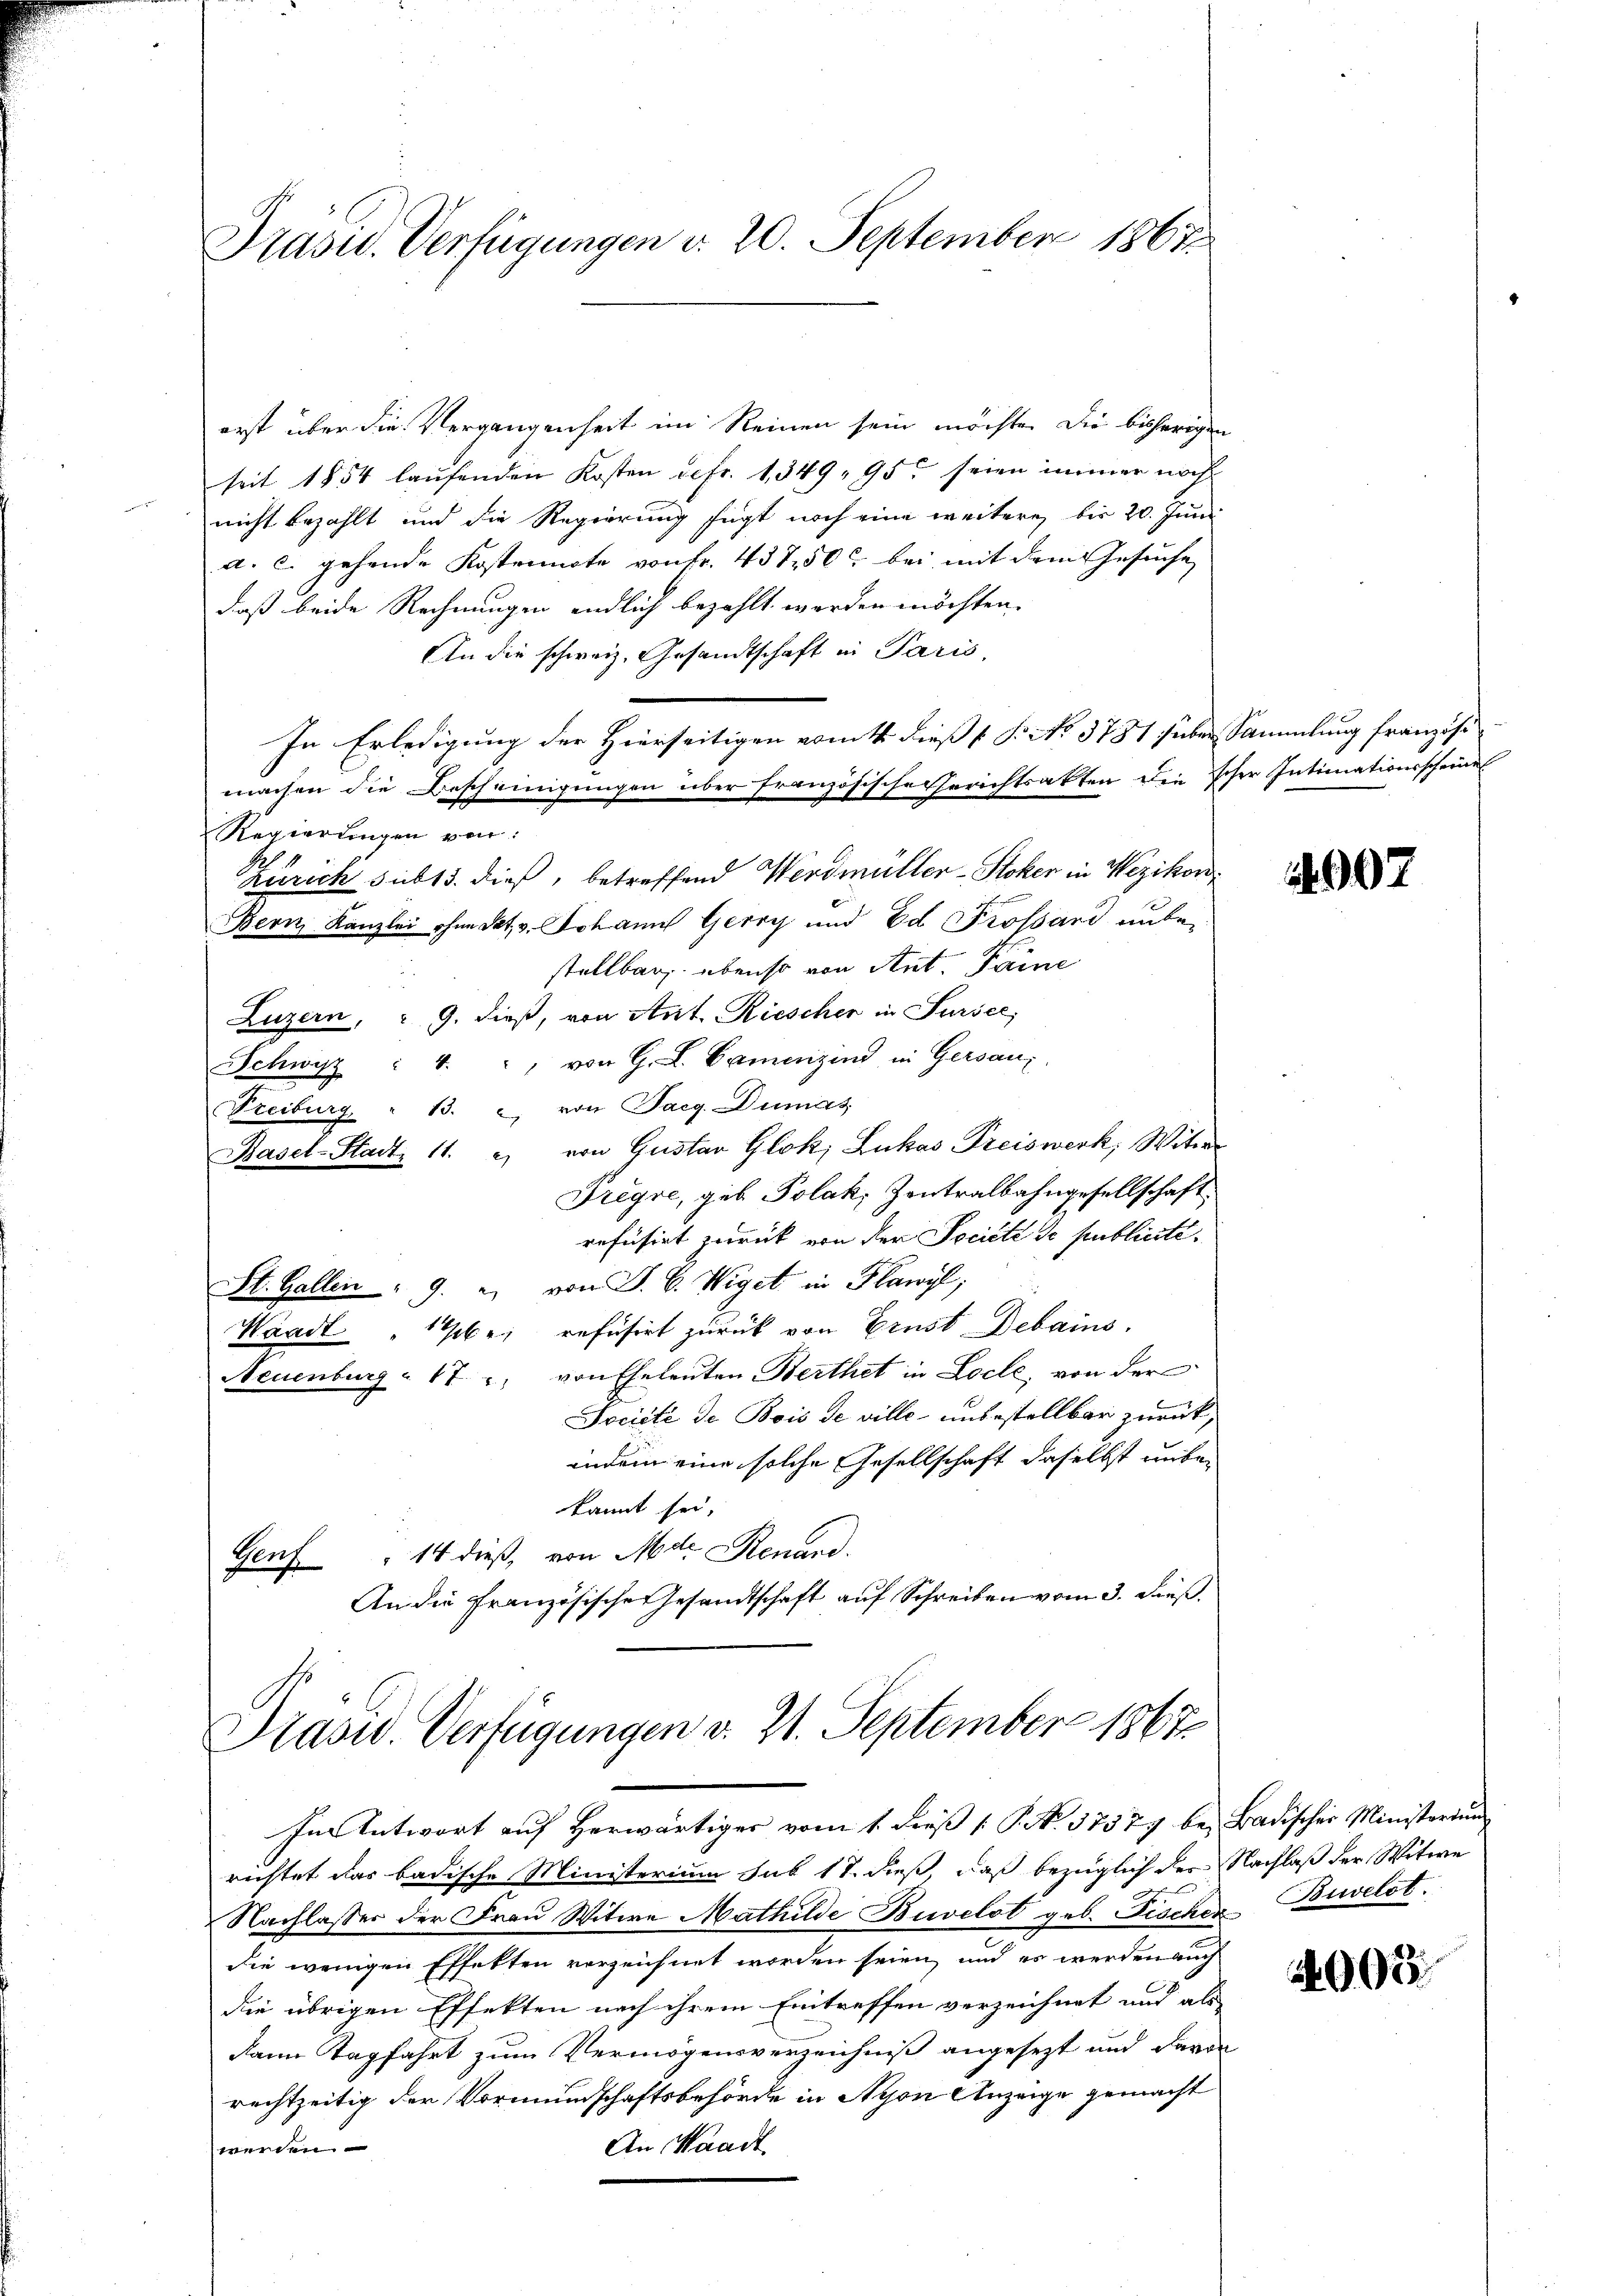
Prasid. Verfügungen d. 20. September 1867

erst über die Vergangenheit im Reinen sein möchte. Die bisherigen
seit 1854 laufenden Kosten gefr. 1, 349, 95 seien immer noch
nicht bezahlt und die Regierung fügt noch eine weitere bis 20. Juni
a. c. gehende Kostennote von Fr. 437,500 bei mit dem Gesuche
daß beide Rechnungen endlich bezahlt werden möchten.
An die schweiz. Gesandtschaft in Paris,
In Erledigung der Hierseitigen vom 1. dieß f. P. No 3781 siben Sammlung französi
machen die Bescheinigungen über französische Gerichtsakten die scher Intimationsscheine
Regierungen von:
h
Zürich sub 15. dieß, betreffend Werdmüller-Stoker in Wezikon
Bern, Kanzlei ohne dat. v. Johann Gerry und Ed Frossard unter
stellbar ebenso von Ant. Farne
Luzern, " 9. dieß, von Ant. Riescher in Sursee,
Schwisz : 4. " " von G. L. Camenzins in Gersanz
Treiburg " 13. 2, von Paeg. Dumas
Basel-Stadt 11. 2) von Gustav Glok; Lukas Preiswerk, Witter
Tregre, geb Polak, Zentralbahngesellschaft
refüsirt zurück von der Société de publiciti¬
St. Gallen 9. u von J. C. Wiget in Flawyl,
Waadt, 146. refusirt zurück von Ernst Debains.
Neuenburg 17. u. von Eheleuten Berthet in Loche, von der
Société de Bois de ville unbestellbar zurück,
indem eine solche Gesellschaft daselbst unber
kannt sei,
Genf " 14 dieß, von Metr. Renand.
An die Französischeresandtschaft auf Schreiben vom 3. dieß.

Prasw. Verfügungen d. 21. September 1867

In Antwort auf herwärtiger vom 1. dieβ (: P. N. 37377 bei Badischer Ministerium
richtet das badische Ministerium sub 18. dieß, daß bezüglich der Nachlaß der Witwe
Nachlasser der Frau Witwe Mathilde Bielst geb. Fische Bielst
die wenigen Effekten verzeichnet worden seien, und es werden auch
die übrigen Effekten nach ihrem Eintreffen verzeichnet und als
dann Tagfahrt zum Vermögensverzeichniß angesezt und davon
rechtzeitig der Vormundschaftsbehörde in Nyon Anzeige gemacht
werden.
An Waadt

907

4000.